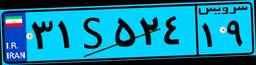
۰۹S۷۱۶۵۸